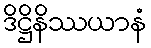
ဒိဋ္ဌိနိဿယာနံ